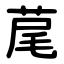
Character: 荱